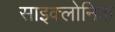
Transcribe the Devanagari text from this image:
साइक्लोनिक